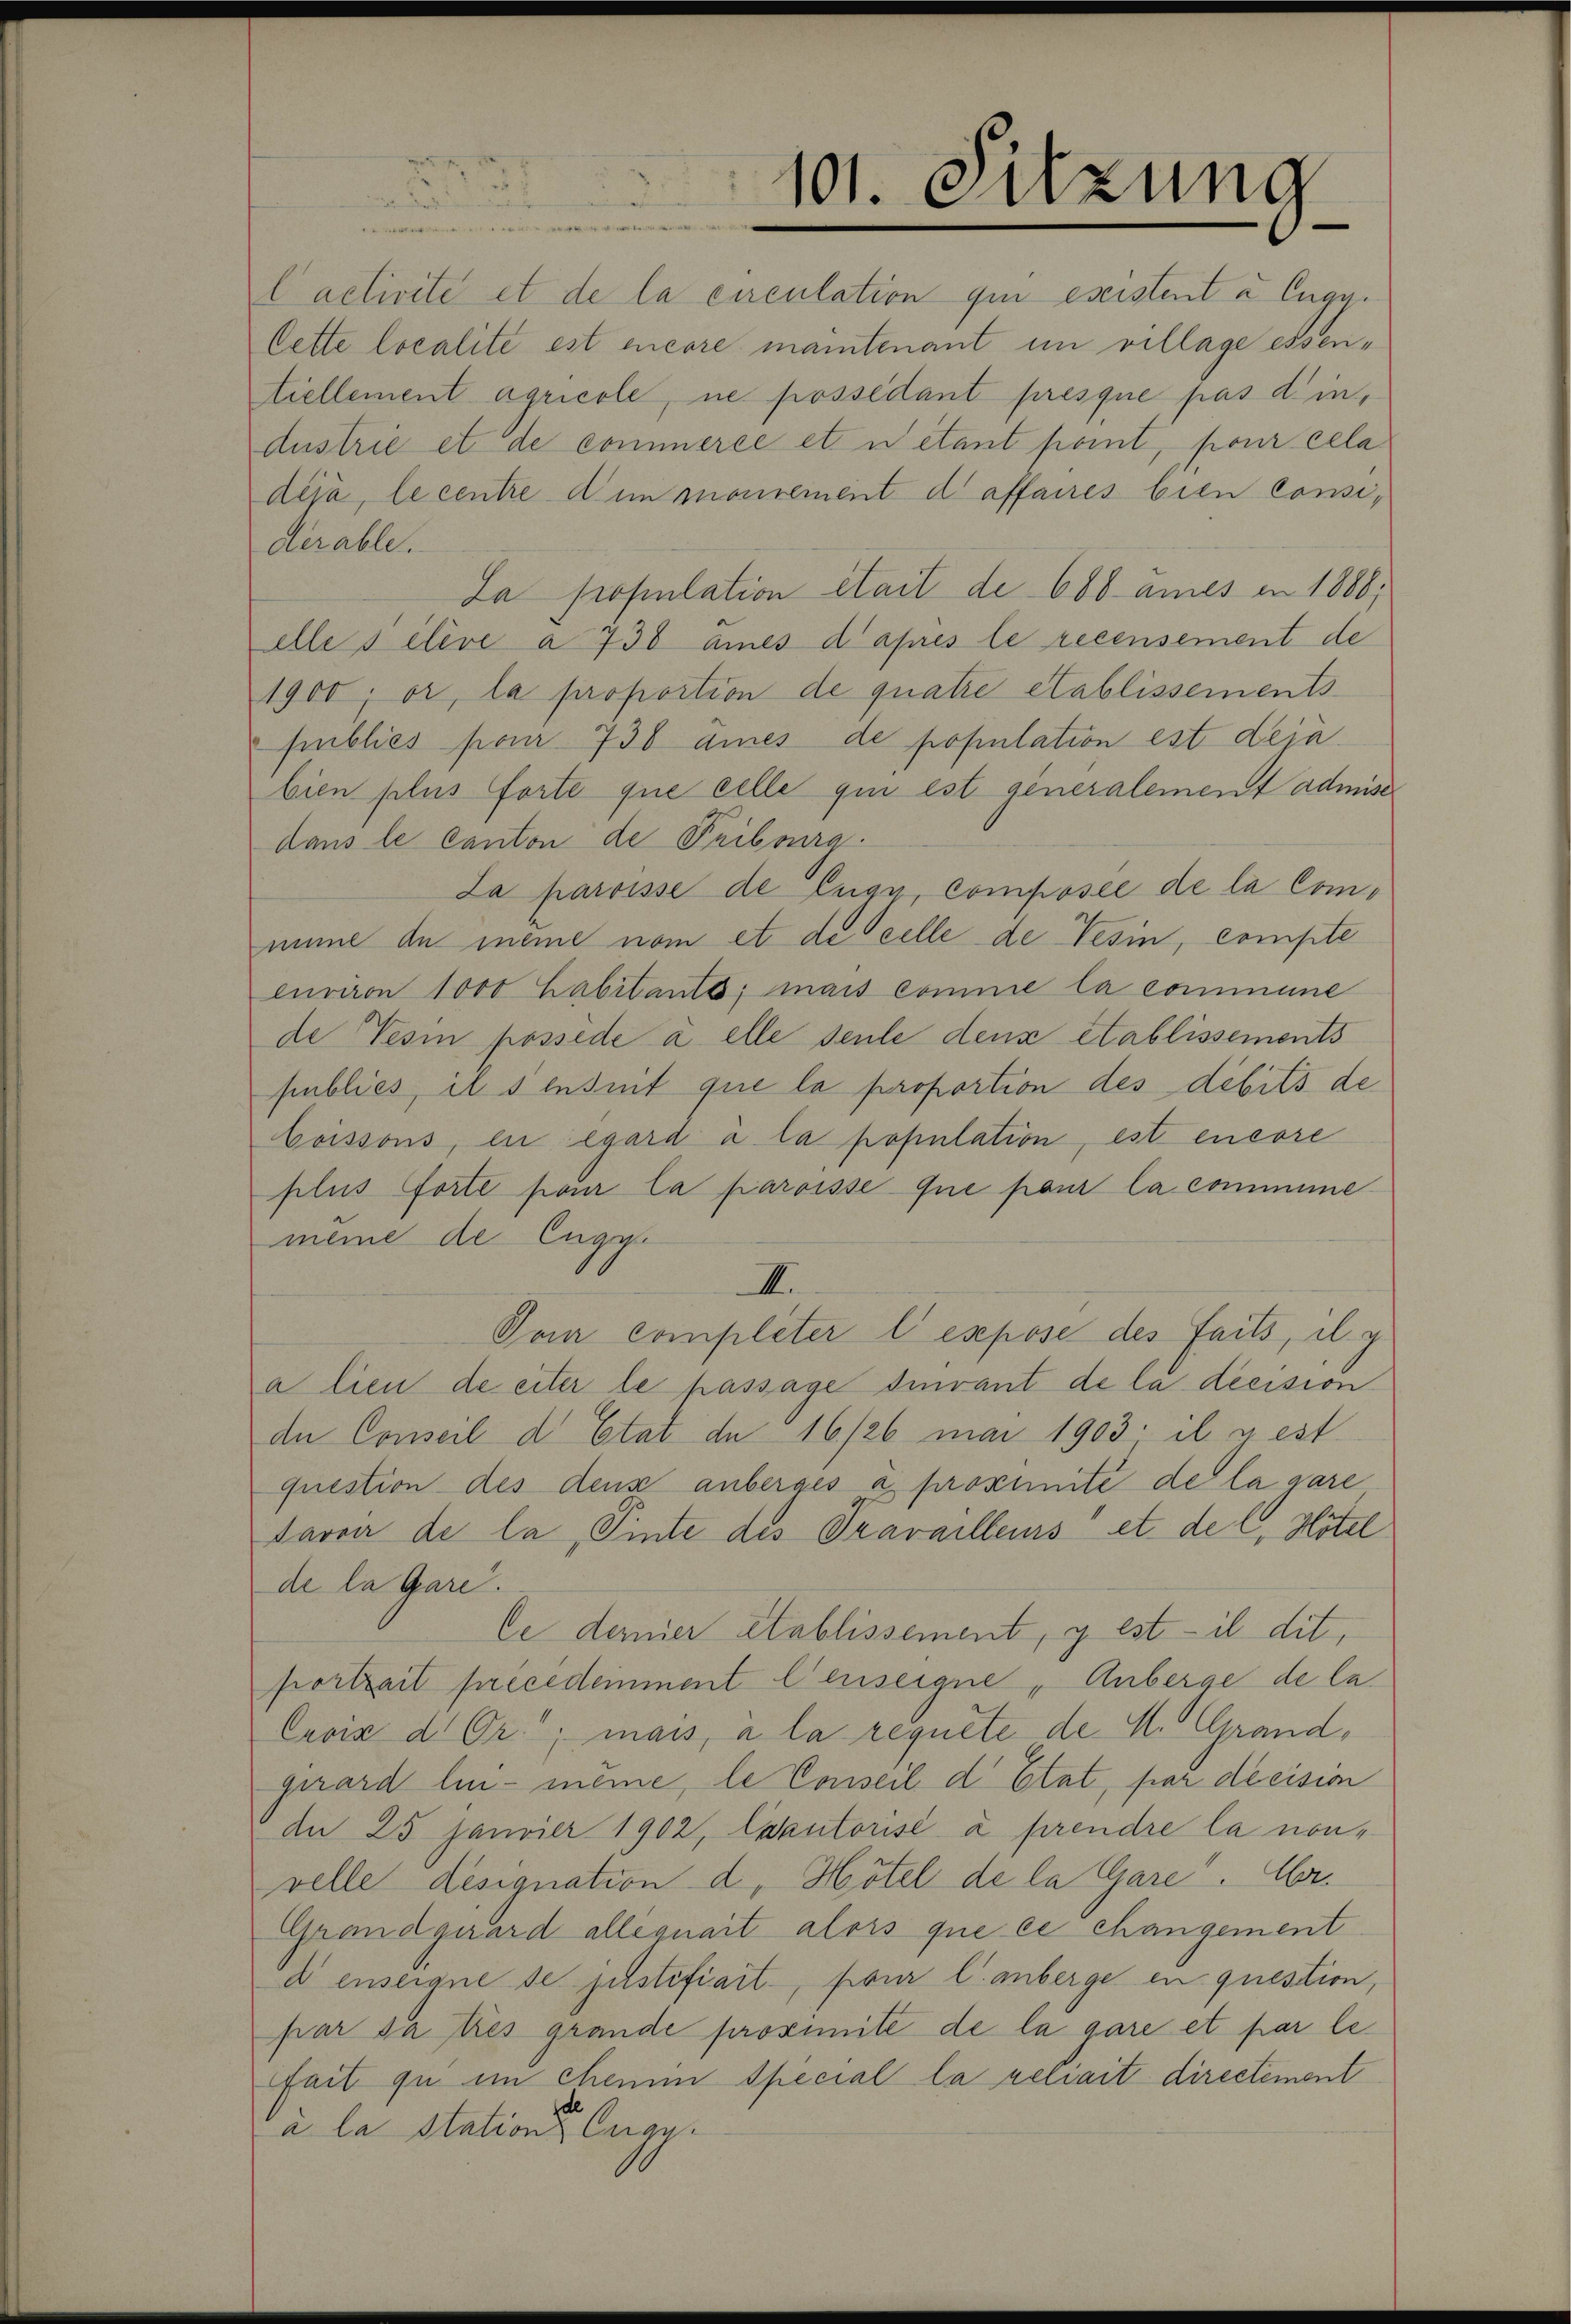
l activité et de la circulation qui eseistent u. Eugg.
Cette localite est encore mantenant im village essentiellement agricole, ne possédant presque pas din,
dustrie et de commerce et n étant point, pour cela
dija, le centre den mourement d affaires bien Considerable.
La population était de 600 ames in 1888,
elle selive a 738 ames d’après le recensement de
1900, er, la proportion de quatre établissements
Eubliés pour 738 ames de population est dera
bien plus forte que celle qui est generalement admise
dans le canton de Fribourg.
La paroisse de Enge, composée de la Comiume an meine nom et de celle de Tesin, compte
curiron 1000 habitants; mais comme la commune
de Vesin possede à elle seule den établissements
publiés, il sensint que la proportion des debits de
Coissons, eu égard à la population, est encore
plus forte pour la paroisse que pour la commine
meine de Enge.
II.
Von completer l. expose des Fails, a. g.
a lieu de eiter le passage dinvant de la decision
de Conseil d. Etat de 16/26 mai 1903; il y est
question des dens anberges a proximité de la gare
Javoir de la Pinte des Pravailleurs et de l. Hotel
de la Gare.
Ce demier établissement, y est - il dit,
fortzeit précédemment lenseigne, Anberge de la
Cavis d. Or.; mais, à la requete de M. Grandgirard lin - meine, le Conseil d. Etat, par decision
An 25 Janvier 1902, Evautorisé à prendre la nonvelle désignation d. Hotel de la Gare. Aber
Grandquard allequait alors que ce changement
denseigne de justifiart, pour l. anberge en question,
par dates grande proximité de la gare et par lefait zu im Chemm Special la relait directement
à la stations Auge.

101. Sitzung